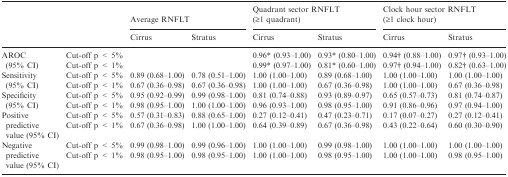
<table><thead><tr><td></td><td></td><td colspan="2"><b>Average RNFLT</b></td><td colspan="2"><b>Quadrant sector RNFLT (≥1 quadrant)</b></td><td colspan="2"><b>Clock hour sector RNFLT (≥1 clock hour)</b></td></tr><tr><td></td><td></td><td><b>Cirrus</b></td><td><b>Stratus</b></td><td><b>Cirrus</b></td><td><b>Stratus</b></td><td><b>Cirrus</b></td><td><b>Stratus</b></td></tr></thead><tbody><tr><td rowspan="2">AROC (95% CI)</td><td>Cut-off p &lt; 5%</td><td></td><td></td><td>0.96* (0.93–1.00)</td><td>0.93* (0.80–1.00)</td><td>0.94† (0.88–1.00)</td><td>0.97† (0.93–1.00)</td></tr><tr><td>Cut-off p &lt; 1%</td><td></td><td></td><td>0.99* (0.97–1.00)</td><td>0.81* (0.60–1.00)</td><td>0.97† (0.94–1.00)</td><td>0.82† (0.63–1.00)</td></tr><tr><td rowspan="2">Sensitivity (95% CI)</td><td>Cut-off p &lt; 5%</td><td>0.89 (0.68–1.00)</td><td>0.78 (0.51–1.00)</td><td>1.00 (1.00–1.00)</td><td>0.89 (0.68–1.00)</td><td>1.00 (1.00–1.00)</td><td>1.00 (1.00–1.00)</td></tr><tr><td>Cut-off p &lt; 1%</td><td>0.67 (0.36–0.98)</td><td>0.67 (0.36–0.98)</td><td>1.00 (1.00–1.00)</td><td>0.67 (0.36–0.98)</td><td>1.00 (1.00–1.00)</td><td>0.67 (0.36–0.98)</td></tr><tr><td rowspan="2">Specificity (95% CI)</td><td>Cut-off p &lt; 5%</td><td>0.95 (0.92–0.99)</td><td>0.99 (0.98–1.00)</td><td>0.81 (0.74–0.88)</td><td>0.93 (0.89–0.97)</td><td>0.65 (0.57–0.73)</td><td>0.81 (0.74–0.87)</td></tr><tr><td>Cut-off p &lt; 1%</td><td>0.98 (0.95–1.00)</td><td>1.00 (1.00–1.00)</td><td>0.96 (0.93–1.00)</td><td>0.98 (0.95–1.00)</td><td>0.91 (0.86–0.96)</td><td>0.97 (0.94–1.00)</td></tr><tr><td rowspan="2">Positive predictive value (95% CI)</td><td>Cut-off p &lt; 5%</td><td>0.57 (0.31–0.83)</td><td>0.88 (0.65–1.00)</td><td>0.27 (0.12–0.41)</td><td>0.47 (0.23–0.71)</td><td>0.17 (0.07–0.27)</td><td>0.27 (0.12–0.41)</td></tr><tr><td>Cut-off p &lt; 1%</td><td>0.67 (0.36–0.98)</td><td>1.00 (1.00–1.00)</td><td>0.64 (0.39–0.89)</td><td>0.67 (0.36–0.98)</td><td>0.43 (0.22–0.64)</td><td>0.60 (0.30–0.90)</td></tr><tr><td rowspan="2">Negative predictive value (95% CI)</td><td>Cut-off p &lt; 5%</td><td>0.99 (0.98–1.00)</td><td>0.99 (0.96–1.00)</td><td>1.00 (1.00–1.00)</td><td>0.99 (0.98–1.00)</td><td>1.00 (1.00–1.00)</td><td>1.00 (1.00–1.00)</td></tr><tr><td>Cut-off p &lt; 1%</td><td>0.98 (0.95–1.00)</td><td>0.98 (0.95–1.00)</td><td>1.00 (1.00–1.00)</td><td>0.98 (0.95–1.00)</td><td>1.00 (1.00–1.00)</td><td>0.98 (0.95–1.00)</td></tr></tbody></table>